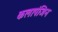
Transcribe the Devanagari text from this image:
कलापंजिन